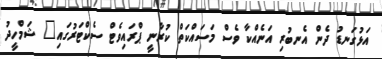
އަޅުގަނޑު ދެން އެނބުރި އަނެއްކާ ވެސް މަސައްކަތް ކުރާނީ ޕްރައިވެޓް ސެކްޓަރުގައި" ޝަމްހީދު